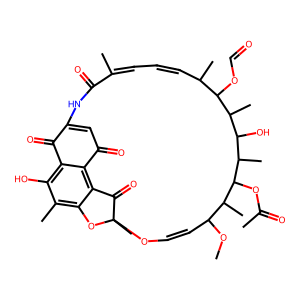
SMILES: COC1C=COC2(C)Oc3c(C)c(O)c4c(c3C2=O)C(=O)C=C(NC(=O)C(C)=CC=CC(C)C(OC=O)C(C)C(O)C(C)C(OC(C)=O)C1C)C4=O
Inhibits HIV replication: No